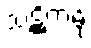
သဋ္ဌိကမှိ